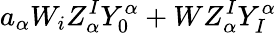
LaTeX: a_{\alpha}W_{i}Z_{\alpha}^{I}Y_{0}^{\alpha}+WZ_{\alpha}^{I}Y_{I}^{\alpha}